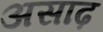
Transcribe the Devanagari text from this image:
असाढ़